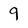
Character: 9